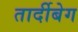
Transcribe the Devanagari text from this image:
तार्दीबेग